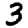
Digit: 3